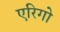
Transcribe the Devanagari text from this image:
एरिगो